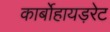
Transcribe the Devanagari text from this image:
कार्बोहायड़रेट